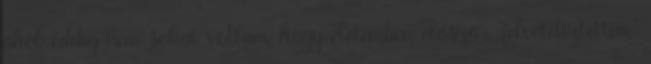
ahol eddig nem sokat voltam, hogy életemben először "felvételiztettem"